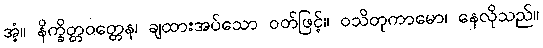
အံ့။ နိက္ခိတ္တဝတ္တေန၊ ချထားအပ်သော ဝတ်ဖြင့်။ ဝသိတုကာမော၊ နေလိုသည်။